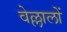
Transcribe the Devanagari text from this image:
वेल्लालों